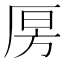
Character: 𰆝